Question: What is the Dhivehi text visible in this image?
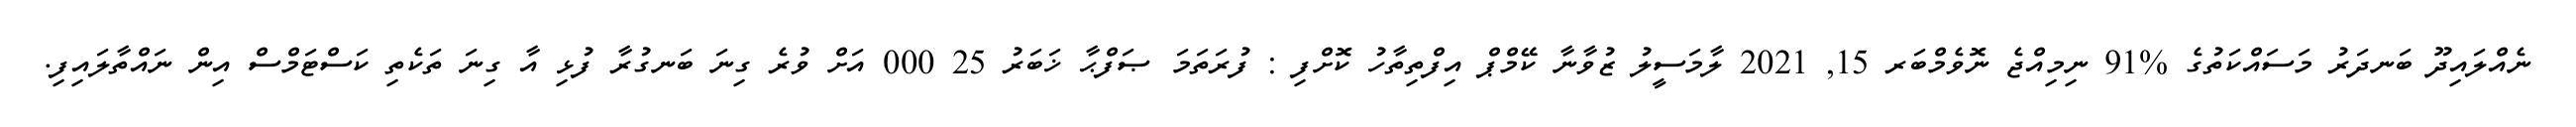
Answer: ނެއްލައިދޫ ބަނދަރު މަސައްކަތުގެ %91 ނިމިއްޖެ ނޮވެމްބަރ 15, 2021 ލާމަސީލު ޒުވާނާ ކޭމްޕް އިފްތިތާހު ކޮށްފި : ފުރަތަމަ ޞަފްޙާ ޚަބަރު 25 000 އަށް ވުރެ ގިނަ ބަނގުރާ ފުޅި އާ ގިނަ ތަކެތި ކަސްޓަމްސް އިން ނައްތާލައިފި.